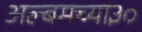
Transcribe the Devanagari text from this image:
अल्बमच्या३०